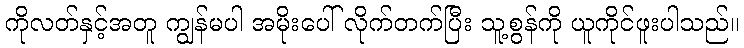
ကိုလတ်နှင့်အတူ ကျွန်မပါ အမိုးပေါ် လိုက်တက်ပြီး သူ့စွန်ကို ယူကိုင်ဖူးပါသည်။